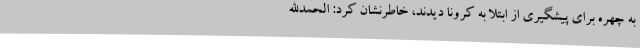
به چهره برای پیشگیری از ابتلا به کرونا دیدند، خاطرنشان کرد: الحمدالله